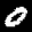
Label: 0